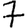
Digit: 7